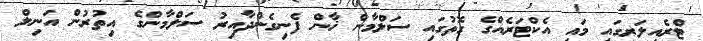
ޓްރެއިލަރގައި މައި އެކްޓަރެއްގެ ގޮތުގައި ސަލްމާން ޚާން ފެނިގެންދާއިރު ސަލްމާންގެ އިތުރުން އަނިލް